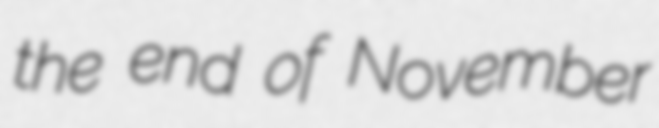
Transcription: the end of November